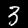
Label: 3